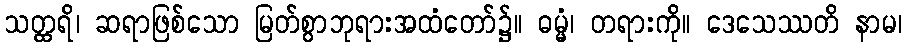
သတ္ထရိ၊ ဆရာဖြစ်သော မြတ်စွာဘုရားအထံတော်၌။ ဓမ္မံ၊ တရားကို။ ဒေသေဿတိ နာမ၊